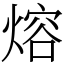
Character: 熔